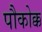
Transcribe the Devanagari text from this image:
पौकोक्क